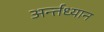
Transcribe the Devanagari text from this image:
अर्न्‍तध्‍यान